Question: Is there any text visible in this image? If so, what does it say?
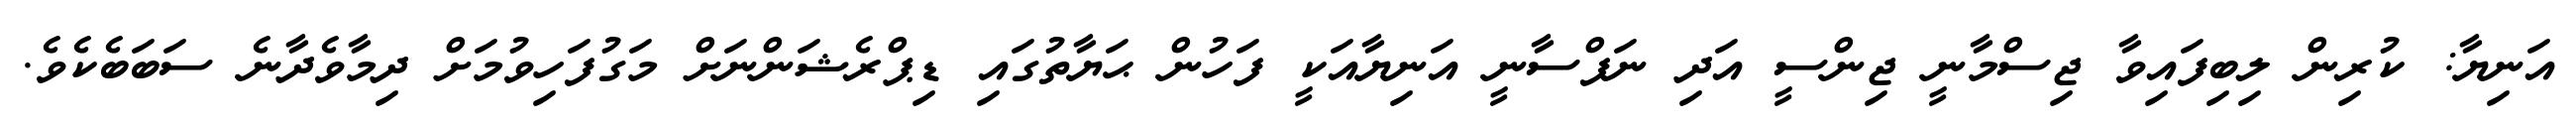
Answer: އަނިޔާ: ކުރިން ލިބިފައިވާ ޖިސްމާނީ ޖިންސީ އަދި ނަފްސާނީ އަނިޔާއަކީ ފަހުން ޙަޔާތުގައި ޑިޕްރެޝަންނަށް މަގުފަހިވުމަށް ދިމާވެދާނެ ސަބަބެކެވެ.